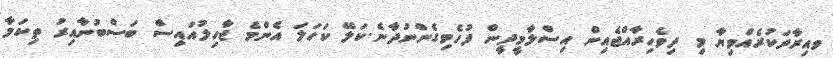
ވއިރާދަކުރެއްވިޔާ މި ދިވެހިރާއްޖެއިން އިސްލާމީދީން ފުހެވިގެންނުދާނެ.ކަލޭ ކަހަލަ އެންމެ ޖާހިލުއައިސް ބަސްބުނާއިރު ތިކަމާ